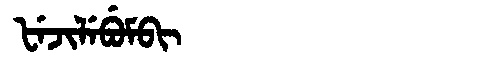
Manchu: ᡶᡝᠵᡳᠯᡝᠪᡠᠮᠪᡳ
Romanization: FEJILEBUMBI